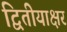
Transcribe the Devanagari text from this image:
द्वितीयाक्षर